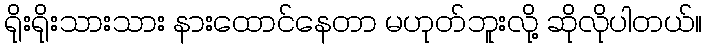
ရိုးရိုးသားသား နားထောင်နေတာ မဟုတ်ဘူးလို့ ဆိုလိုပါတယ်။